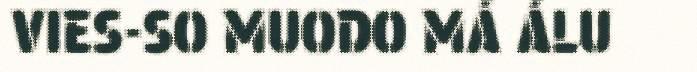
VIES-SO MUODO MÁ ÁLU